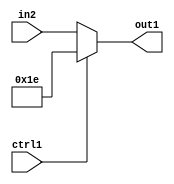
`timescale 1ps / 1ps
/*****************************************************************************
    Verilog RTL Description
    
    
    Created by: CellMath Designer 2019.1.01 
*******************************************************************************/

module fix2float_Muxi30u5u1_4_3 (
	in2,
	ctrl1,
	out1
	); /* architecture "behavioural" */ 
input [4:0] in2;
input  ctrl1;
output [4:0] out1;
wire [4:0] asc001;

reg [4:0] asc001_tmp_0;
assign asc001 = asc001_tmp_0;
always @ (ctrl1 or in2) begin
	case (ctrl1)
		1'B1 : asc001_tmp_0 = 5'B11110 ;
		default : asc001_tmp_0 = in2 ;
	endcase
end

assign out1 = asc001;
endmodule

/* CADENCE  uLPzSQA= : u9/ySgnWtBlWxVPRXgAZ4Og= ** DO NOT EDIT THIS LINE ******/